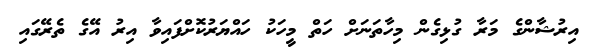
އިރުޝާންގެ މަރާ ގުޅިގެން މިހާތަނަށް ހަތް މީހަކު ހައްޔަރުކޮށްފައިވާ އިރު އޭގެ ތެރޭގައި